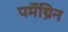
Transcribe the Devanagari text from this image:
पर्मेथ्रिन